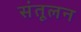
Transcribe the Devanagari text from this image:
संतूलन